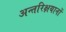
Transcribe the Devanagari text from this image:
अन्तरिक्षयानों